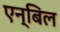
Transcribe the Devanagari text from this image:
एन्बिल